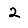
Digit: 2